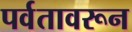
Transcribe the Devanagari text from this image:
पर्वतावरून